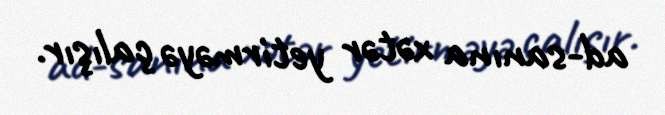
ad-sanına xətər yetirməyə çalışır.